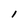
Character: l